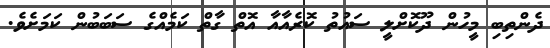
ދެންތިބި މީހުން ދޫކޮށްލީ ސައުތު ކޮރެއާއާ އޮތް ގާތް ކަމެއްގެ ސަބަބުން ކަމަށެވެ.